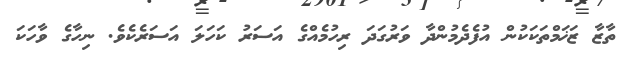
ތާޒާ ޒަޚަމްތަކަކުން އުފެދެމުންދާ ވަރުގަދަ ރިހުމެއްގެ އަސަރު ކަހަލަ އަސަރެކެވެ. ނިހާގެ ވާހަކަ